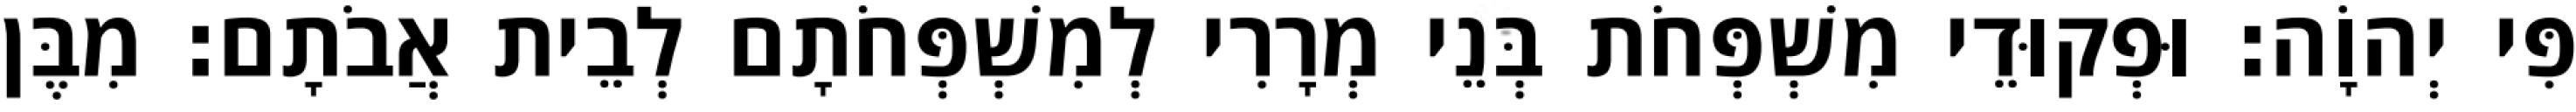
פִּי יְהוָֹה׃ וּפְקוּדֵי מִשְׁפְּחֹת בְּנֵי מְרָרִי לְמִשְׁפְּחֹתָם לְבֵית אֲבֹתָם׃ מִבֶּן